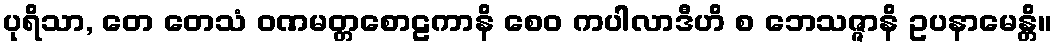
ပုရိသာ, တေ တေသံ ဝဏမတ္တစောဠကာနိ စေဝ ကပါလာဒီဟိ စ ဘေသဇ္ဇာနိ ဥပနာမေန္တိ။